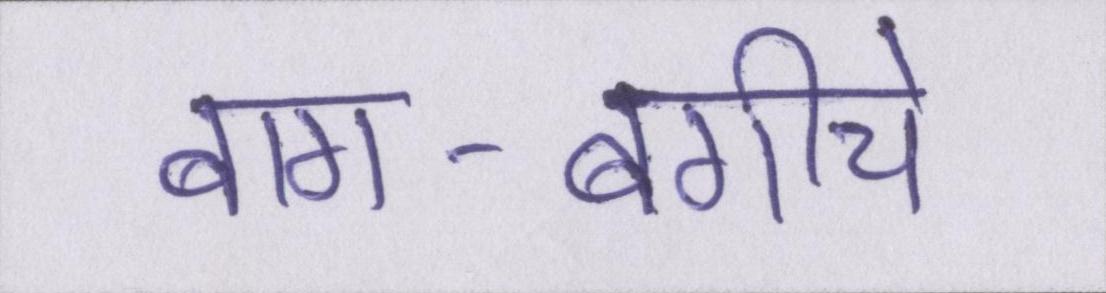
बाग-बगीचे